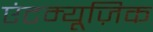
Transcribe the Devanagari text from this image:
एंटम्यूज़िक